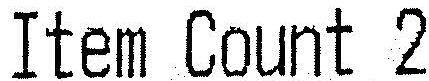
ITEM COUNT 2